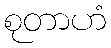
စုတာဟံ